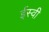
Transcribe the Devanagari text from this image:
र्इस्वी